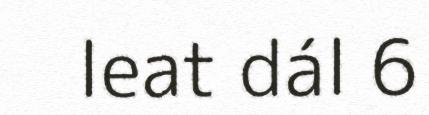
leat dál 6